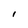
Character: I